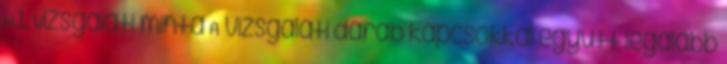
H.1. Vizsgálati minta A vizsgálati darab kapcsokkal együtt legalább